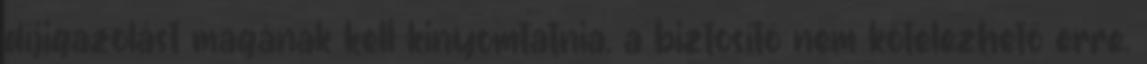
díjigazolást magának kell kinyomtatnia, a biztosító nem kötelezhető erre.